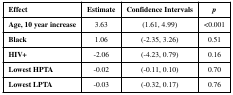
<table><thead><tr><td><b>Effect</b></td><td><b>Estimate</b></td><td><b>Confidence Intervals</b></td><td><b><i>p</i></b></td></tr></thead><tbody><tr><td><b>Age, 10 year increase</b></td><td>3.63</td><td>(1.61, 4.99)</td><td>&lt;0.001</td></tr><tr><td><b>Black</b></td><td>1.06</td><td>(-2.35, 3.26)</td><td>0.51</td></tr><tr><td><b>HIV+</b></td><td>-2.06</td><td>(-4.23, 0.79)</td><td>0.16</td></tr><tr><td><b>Lowest HPTA</b></td><td>-0.02</td><td>(-0.11, 0.10)</td><td>0.70</td></tr><tr><td><b>Lowest LPTA</b></td><td>-0.03</td><td>(-0.32, 0.17)</td><td>0.76</td></tr></tbody></table>